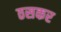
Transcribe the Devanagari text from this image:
ठसकर